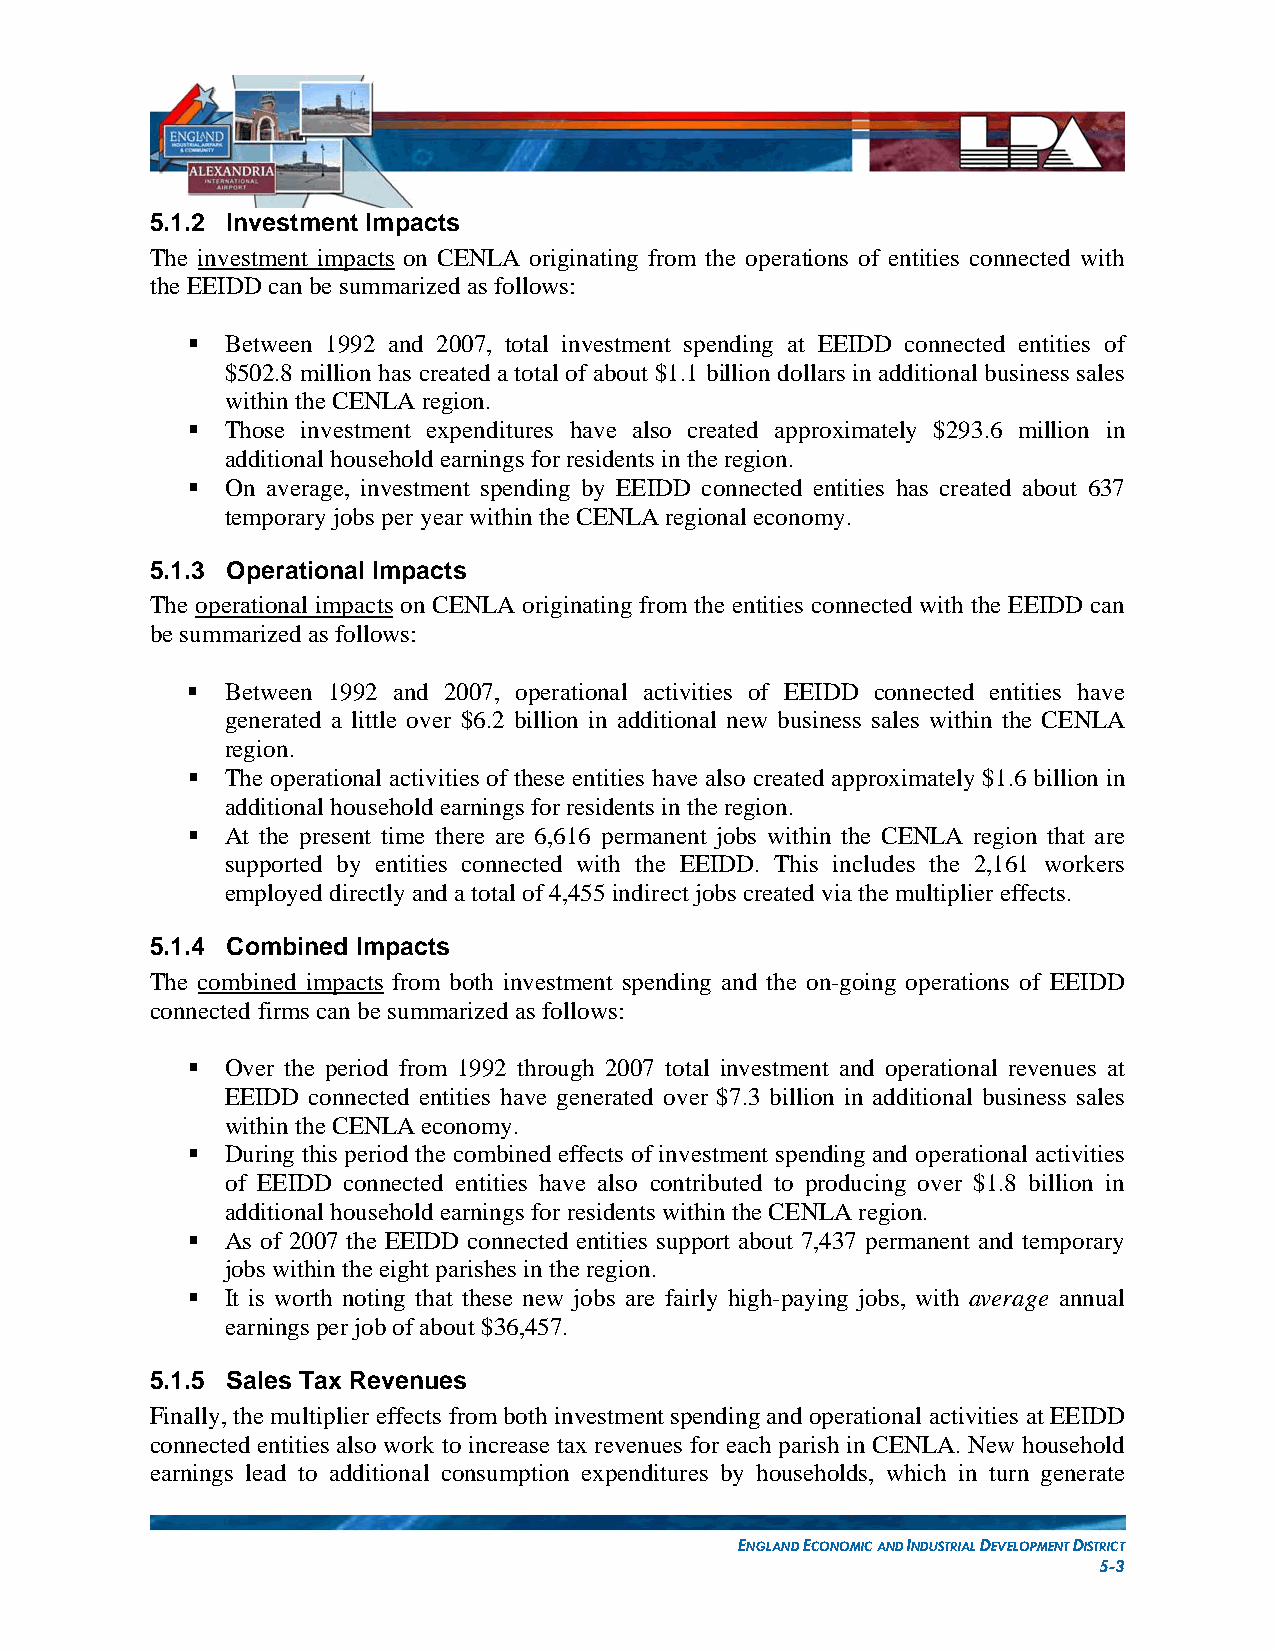
5.1.2 Investment Impacts
 The investment impacts on CENLA originating from the operations of entities connected with
 the EEIDD can be summarized as follows:
   Between 1992 and 2007, total investment spending at EEIDD connected entities of
 $502.8 million has created a total of about $1.1 billion dollars in additional business sales
 within the CENLA region.
   Those investment expenditures have also created approximately $293.6 million in
 additional household earnings for residents in the region.
   On average, investment spending by EEIDD connected entities has created about 637
 temporary jobs per year within the CENLA regional economy.
 5.1.3 Operational Impacts
 The operational impacts on CENLA originating from the entities connected with the EEIDD can
 be summarized as follows:
   Between 1992 and 2007, operational activities of EEIDD connected entities have
 generated a little over $6.2 billion in additional new business sales within the CENLA
 region.
   The operational activities of these entities have also created approximately $1.6 billion in
 additional household earnings for residents in the region.
   At the present time there are 6,616 permanent jobs within the CENLA region that are
 supported by entities connected with the EEIDD. This includes the 2,161 workers
 employed directly and a total of 4,455 indirect jobs created via the multiplier effects.
 5.1.4 Combined Impacts
 The combined impacts from both investment spending and the on-going operations of EEIDD
 connected firms can be summarized as follows:
   Over the period from 1992 through 2007 total investment and operational revenues at
 EEIDD connected entities have generated over $7.3 billion in additional business sales
 within the CENLA economy.
   During this period the combined effects of investment spending and operational activities
 of EEIDD connected entities have also contributed to producing over $1.8 billion in
 additional household earnings for residents within the CENLA region.
   As of 2007 the EEIDD connected entities support about 7,437 permanent and temporary
 jobs within the eight parishes in the region.
   It is worth noting that these new jobs are fairly high-paying jobs, with average annual
 earnings per job of about $36,457.
 5.1.5 Sales Tax Revenues
 Finally, the multiplier effects from both investment spending and operational activities at EEIDD
 connected entities also work to increase tax revenues for each parish in CENLA. New household
 earnings lead to additional consumption expenditures by households, which in turn generate
 ENGLAND ECONOMIC AND INDUSTRIAL DEVELOPMENT DISTRICT
 5-3